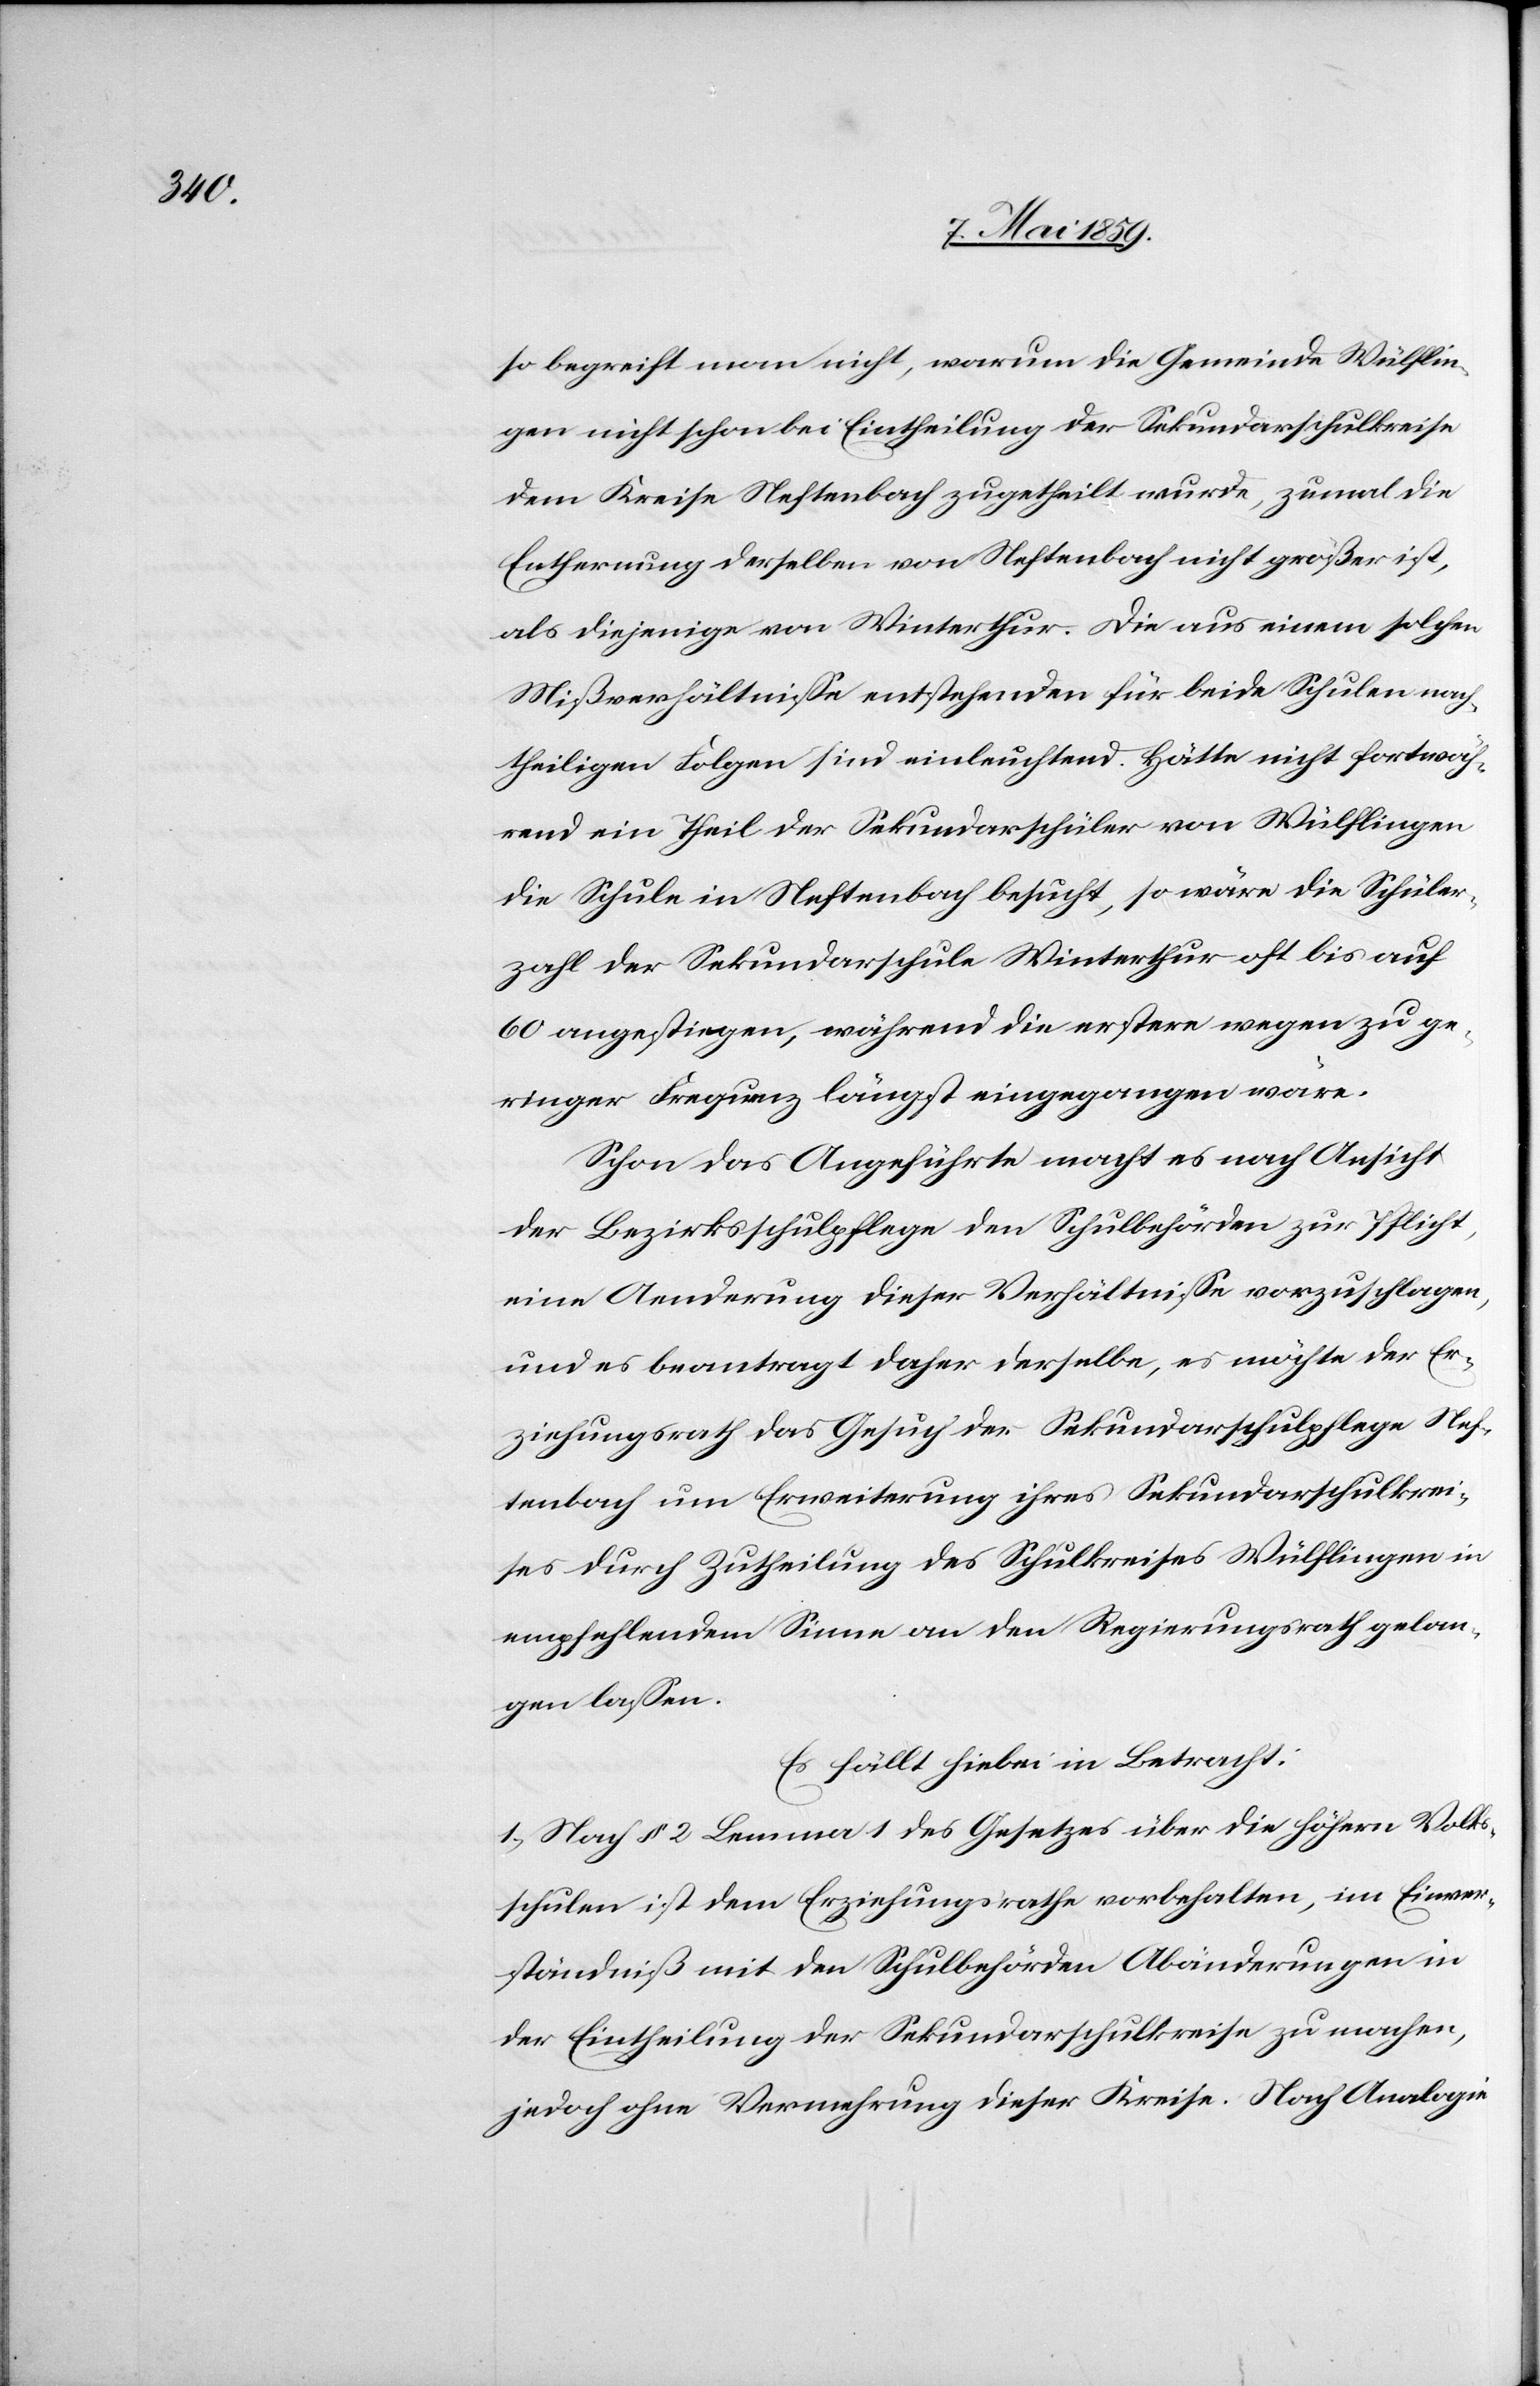
so begreift man nicht, warum die Gemeinde Wülflin¬
gen nicht schon bei Eintheilung der Sekundarschulkreise
dem Kreise Neftenbach zugetheilt wurde, zumal die
Entfernung derselben von Neftenbach nicht größer ist,
als diejenige von Winterthur. Die aus einem solchen
Mißverhältniße entstehenden für beide Schulen nach¬
theiligen Folgen sind einleuchtend. Hätte nicht fortwäh¬
rend ein Theil der Sekundarschüler von Wülflingen
die Schule in Neftenbach besucht, so wäre die Schüler¬
zahl der Sekundarschule Winterthur oft bis auf
60 angestiegen, während die erstere wegen zu ge¬
ringer Frequenz längst eingegangen wäre.
Schon das Angeführte macht es nach Ansicht
der Bezirksschulpflege den Schulbehörden zur Pflicht,
eine Aenderung dieser Verhältniße vorzuschlagen,
und es beantragt daher derselbe, es möchte der Er¬
ziehungsrath das Gesuch der Sekundarschulpflege Nef¬
tenbach um Erweiterung ihres Sekundarschulkrei¬
ses durch Zutheilung des Schulkreises Wülflingen in
empfehlendem Sinne an den Regierungsrath gelan¬
gen laßen.
Es fällt hiebei in Betracht:
1) Nach § 2 Lemma 1 des Gesetzes über die höhern Volks¬
schulen ist dem Erziehungsrathe vorbehalten, im Einver¬
ständniß mit den Schulbehörden Abänderungen in
der Eintheilung der Sekundarschulkreise zu machen,
jedoch ohne Vermehrung dieser Kreise. Nach Analogie